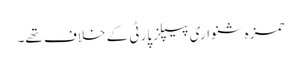
حمزہ شنواری پیپلزپارٹی کے خلاف تھے۔